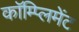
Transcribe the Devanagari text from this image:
कॉम्प्लिमेंट